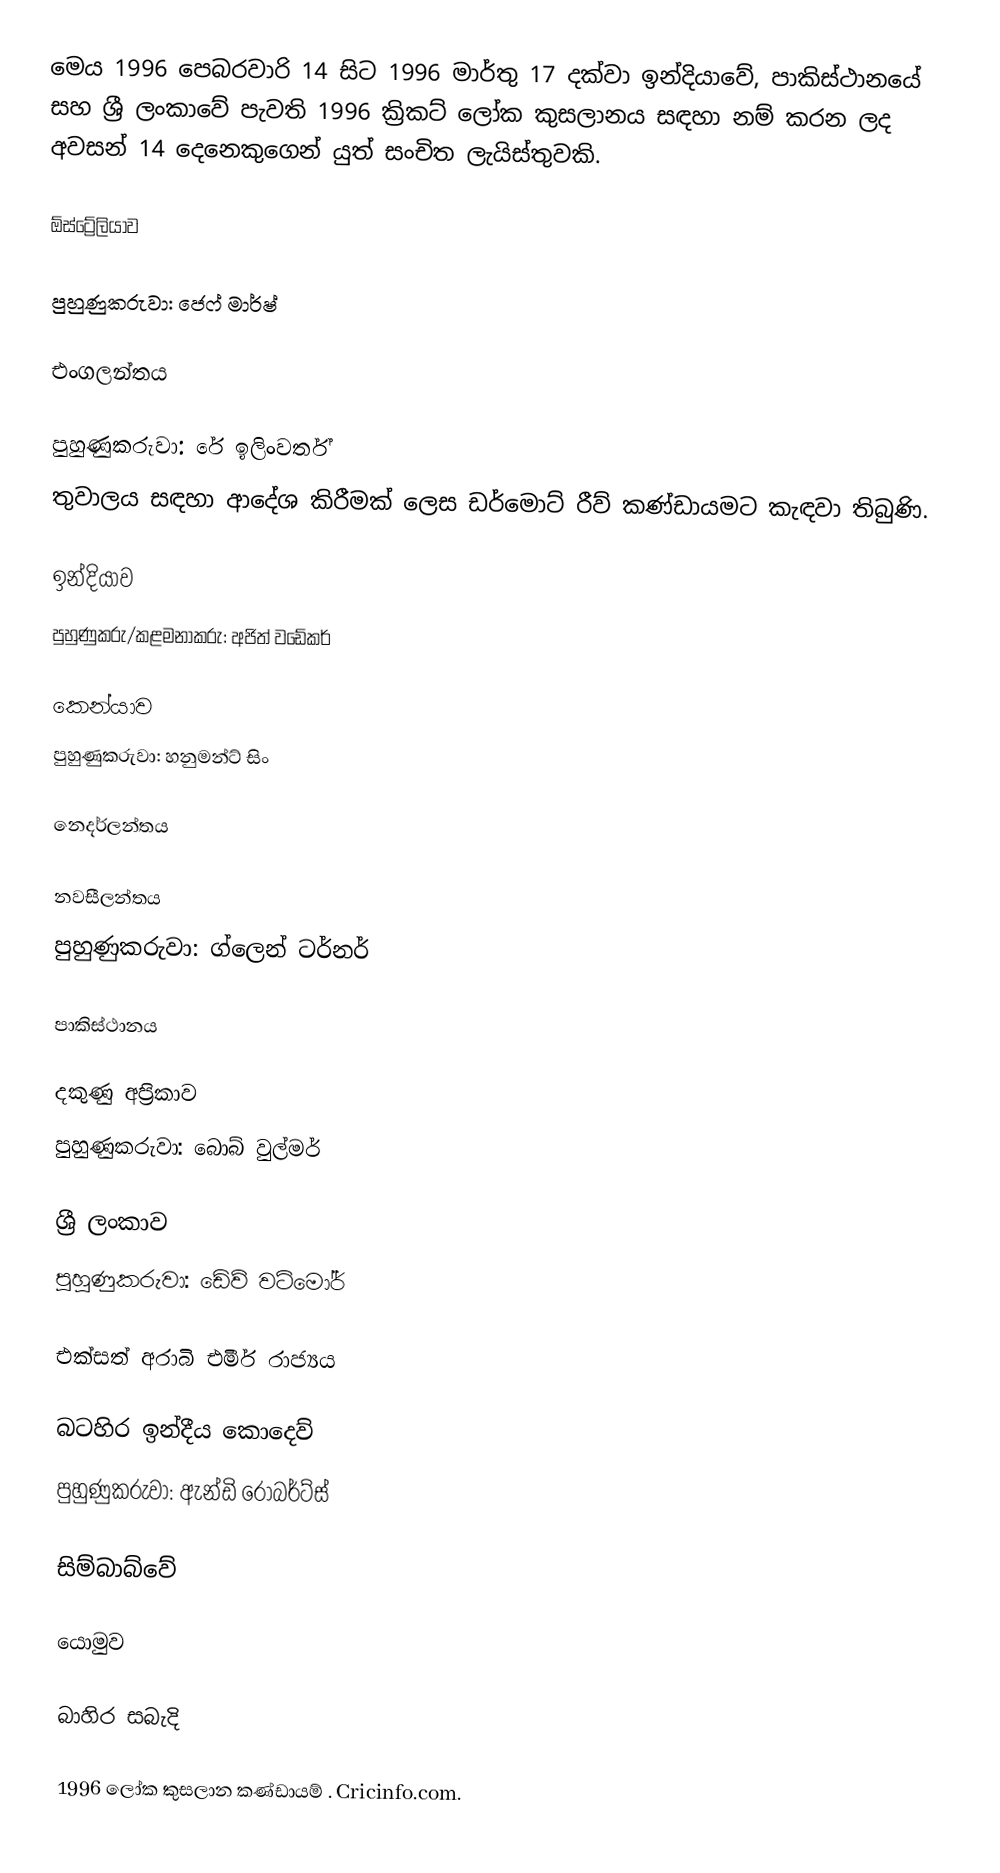
මෙය 1996 පෙබරවාරි 14 සිට 1996 මාර්තු 17 දක්වා  ඉන්දියාවේ, පාකිස්ථානයේ සහ ශ්‍රී ලංකාවේ පැවති 1996 ක්‍රිකට් ලෝක කුසලානය සඳහා නම් කරන ලද අවසන් 14 දෙනෙකුගෙන් යුත් සංචිත ලැයිස්තුවකි.

ඕස්ට්‍රේලියාව

 පුහුණුකරුවා: ජෙෆ් මාර්ෂ්

එංගලන්තය

 පුහුණුකරුවා: රේ ඉලිංවර්ත්
 තුවාලය සඳහා  ආදේශ කිරීමක් ලෙස ඩර්මොට් රීව් කණ්ඩායමට කැඳවා තිබුණි.

ඉන්දියාව
පුහුණුකරු/කළමනාකරු: අජිත් වඩේකර්

කෙන්යාව
පුහුණුකරුවා: හනුමන්ට් සිං

නෙදර්ලන්තය

නවසීලන්තය
පුහුණුකරුවා: ග්ලෙන් ටර්නර්

පාකිස්ථානය

දකුණු අප්‍රිකාව
පුහුණුකරුවා: බොබ් වුල්මර්

ශ්‍රී ලංකාව
පුහුණුකරුවා: ඩේව් වට්මෝර්

එක්සත් අරාබි එමීර් රාජ්‍යය

බටහිර ඉන්දීය කොදෙව්
පුහුණුකරුවා: ඇන්ඩි රොබර්ට්ස්

සිම්බාබ්වේ

යොමුව

බාහිර සබැදි

 1996 ලෝක කුසලාන කණ්ඩායම් . Cricinfo.com.